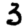
Digit: 3